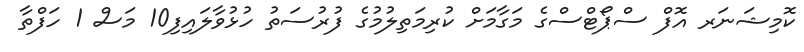
ކޮމިޝަނަރ އޮފް ސްޕޯޓްސްގެ މަގާމަށް ކުރިމަތިލުމުގެ ފުރުސަތު ހުޅުވާލައިފި10 މަސް 1 ހަފްތާ